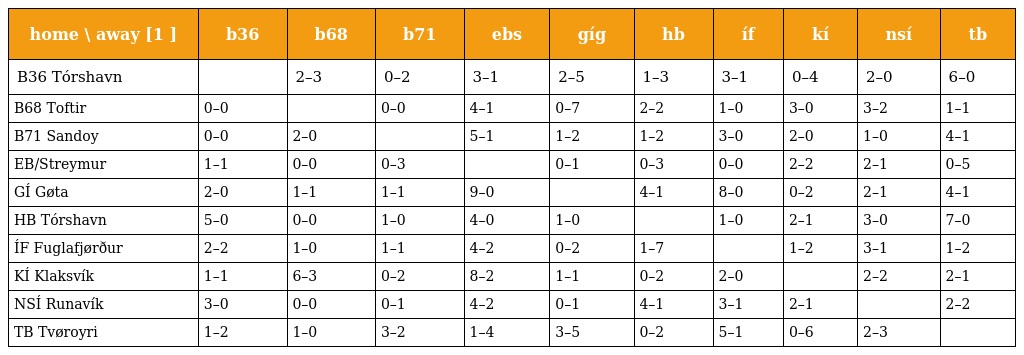
| home \ away [1 ] | b36 | b68 | b71 | ebs | gíg | hb | íf | kí | nsí | tb |
 | --- | --- | --- | --- | --- | --- | --- | --- | --- | --- | --- |
 | B36 Tórshavn |  | 2–3 | 0–2 | 3–1 | 2–5 | 1–3 | 3–1 | 0–4 | 2–0 | 6–0 |
 | B68 Toftir | 0–0 |  | 0–0 | 4–1 | 0–7 | 2–2 | 1–0 | 3–0 | 3–2 | 1–1 |
 | B71 Sandoy | 0–0 | 2–0 |  | 5–1 | 1–2 | 1–2 | 3–0 | 2–0 | 1–0 | 4–1 |
 | EB/Streymur | 1–1 | 0–0 | 0–3 |  | 0–1 | 0–3 | 0–0 | 2–2 | 2–1 | 0–5 |
 | GÍ Gøta | 2–0 | 1–1 | 1–1 | 9–0 |  | 4–1 | 8–0 | 0–2 | 2–1 | 4–1 |
 | HB Tórshavn | 5–0 | 0–0 | 1–0 | 4–0 | 1–0 |  | 1–0 | 2–1 | 3–0 | 7–0 |
 | ÍF Fuglafjørður | 2–2 | 1–0 | 1–1 | 4–2 | 0–2 | 1–7 |  | 1–2 | 3–1 | 1–2 |
 | KÍ Klaksvík | 1–1 | 6–3 | 0–2 | 8–2 | 1–1 | 0–2 | 2–0 |  | 2–2 | 2–1 |
 | NSÍ Runavík | 3–0 | 0–0 | 0–1 | 4–2 | 0–1 | 4–1 | 3–1 | 2–1 |  | 2–2 |
 | TB Tvøroyri | 1–2 | 1–0 | 3–2 | 1–4 | 3–5 | 0–2 | 5–1 | 0–6 | 2–3 |  |